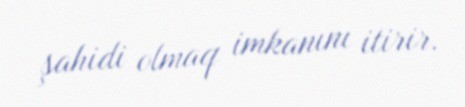
şahidi olmaq imkanını itirir.